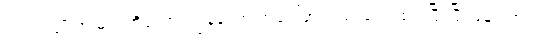
ရဲ့ အကျိုးအမြတ်ကိုတော့ ကျွန်တော် အပေါ်မှာလည်းပြောထားပြီးပြီ ဖြစ်ပါတယ်။